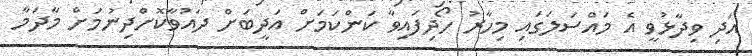
އަދި ވިދާޅުވީ އެ މައްސަލަގައި މިހާރު ހޯދިފައިވާ ކަންކަމަށް އަދީބަށް ދައުވާކޮށްދިނުމަށް މާދަމާ